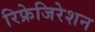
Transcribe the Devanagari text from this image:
रिफ्रेजिरेशन